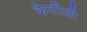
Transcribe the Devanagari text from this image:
केटीली